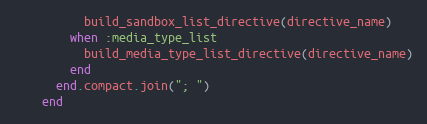
Language: Ruby
          build_sandbox_list_directive(directive_name)
        when :media_type_list
          build_media_type_list_directive(directive_name)
        end
      end.compact.join("; ")
    end